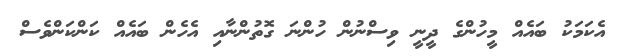
އެކަމަކު ބައެއް މީހުންގެ ދީނީ ވިސްނުން ހުންނަ ގޮތުންނާއި އެހެން ބައެއް ކަންކަންވެސް